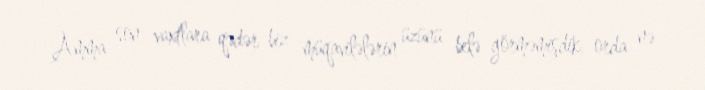
Amma son vaxtlara qədər biz müqavilələrin üzünü belə görməmişdik, orda nə